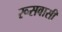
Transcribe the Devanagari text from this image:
रूसवासी